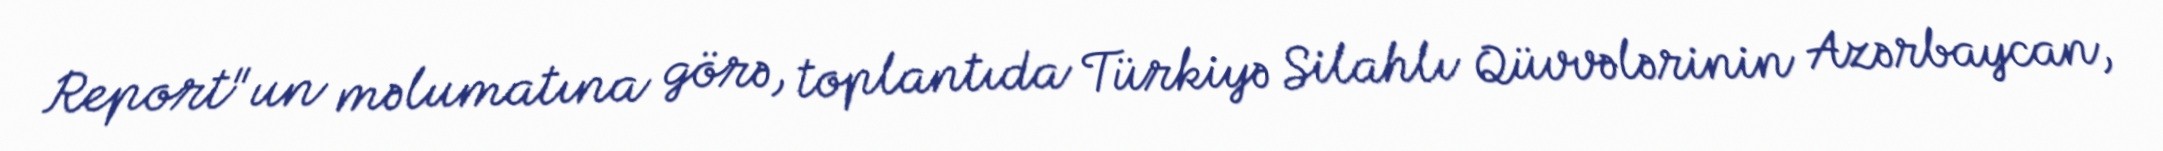
Report"un məlumatına görə, toplantıda Türkiyə Silahlı Qüvvələrinin Azərbaycan,